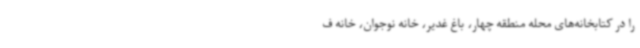
را در کتابخانه‌های محله منطقه چهار، باغ غدیر، خانه نوجوان، خانه ف